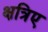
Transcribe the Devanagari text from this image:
क्षत्रिए